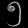
Digit: ၅